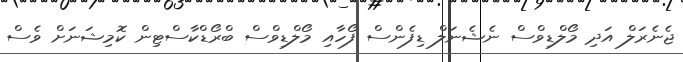
ޖެނެރަލް އަދި މޯލްޑިވްސް ނެޝެނަލް ޑިފެންސް ފޯހާއި މޯލްޑިވްސް ބްރޯޑްކާސްޓިން ކޮމިޝަނަށް ވެސް